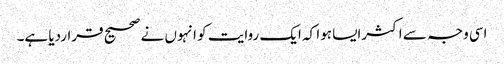
اسی وجہ سے اکثرایسا ہوا کہ ایک روایت کو انہوں نے صحیح قراردیا ہے۔